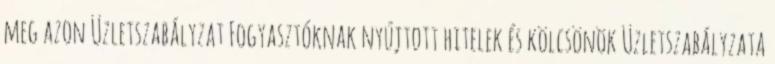
meg azon Üzletszabályzat Fogyasztóknak nyújtott hitelek és kölcsönök Üzletszabályzata